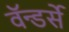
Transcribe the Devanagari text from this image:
वॅन्डर्से